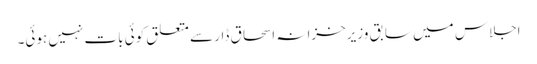
اجلاس میں سابق وزیرخزانہ اسحاق ڈار سے متعلق کوئی بات نہیں ہوئی۔